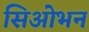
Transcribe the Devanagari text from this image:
सिओभन